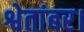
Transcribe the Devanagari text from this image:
श्वेतांबर।